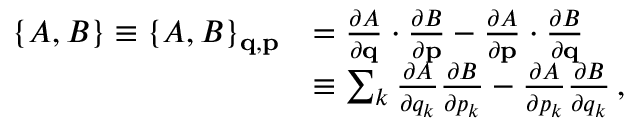
{ \begin{array} { r l } { \{ A , B \} \equiv \{ A , B \} _ { \mathbf { q } , \mathbf { p } } } & { = { \frac { \partial A } { \partial \mathbf { q } } } \cdot { \frac { \partial B } { \partial \mathbf { p } } } - { \frac { \partial A } { \partial \mathbf { p } } } \cdot { \frac { \partial B } { \partial \mathbf { q } } } } \\ & { \equiv \sum _ { k } { \frac { \partial A } { \partial q _ { k } } } { \frac { \partial B } { \partial p _ { k } } } - { \frac { \partial A } { \partial p _ { k } } } { \frac { \partial B } { \partial q _ { k } } } \, , } \end{array} }